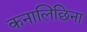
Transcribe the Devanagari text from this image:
कनालिछिना